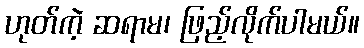
ဟုတ်ကဲ့ ဆရာမ၊ ဖြည့်လိုက်ပါမယ်။